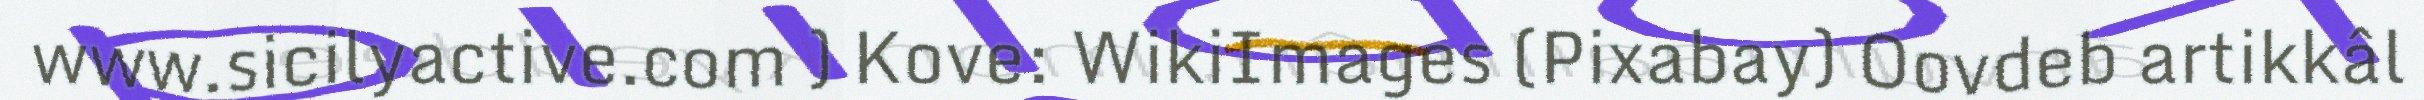
www.sicilyactive.com ) Kove: WikiImages (Pixabay) Oovdeb artikkâl